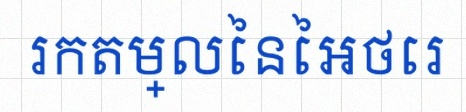
រកតម្លៃនៃអថេរ